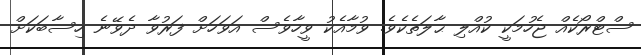
ސްޓްރޯކެއް ޖެހުމަކީ ކުއްލި ޙާލަތެކެވެ. ވުމާއެކު ވީހާވެސް އަވަހަށް ފަރުވާ ދެވޭނެ ހިސާބަކަށް